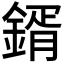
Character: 𮢦